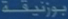
بروتيك